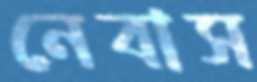
নেবাস